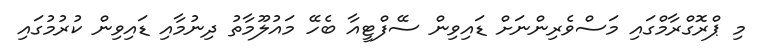
މި ޕްރޮގްރާމްގައި މަސްވެރިންނަށް ޑައިވިން ސޭފްޓީއާ ބެހޭ މައުލޫމާތު ދިނުމާއި ޑައިވިން ކުރުމުގައި